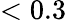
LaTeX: <0.3